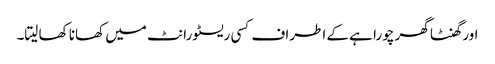
اور گھنٹا گھر چورا ہے کے اطراف کسی ریسٹورانٹ میں کھانا کھا لیتا۔